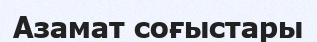
Азамат соғыстары